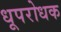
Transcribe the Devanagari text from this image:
धूपरोधक